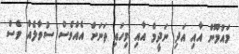
މައުމޫން އާއި އަދި ނަދީމް އާއި މިހައި ތަނަށް އެއްވެސް ސުވާލެއް ވެސް